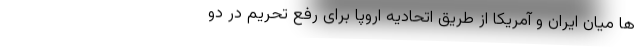
ها میان ایران و آمریکا از طریق اتحادیه اروپا برای رفع تحریم در دو